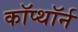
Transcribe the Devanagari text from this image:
कॉप्थॉर्न